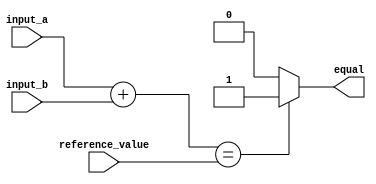
module arithmetic_comparator (
    input [7:0] input_a,
    input [7:0] input_b,
    input [15:0] reference_value,
    output reg equal
);

reg [15:0] difference;

always @ (input_a, input_b)
begin
    difference = input_a + input_b;
end

always @ (difference, reference_value)
begin
    if (difference == reference_value)
        equal = 1;
    else
        equal = 0;
end

endmodule